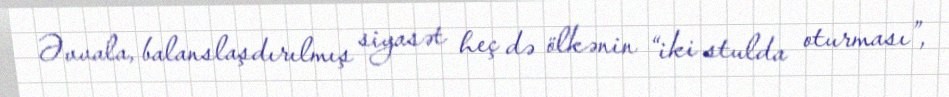
Əvvala, balanslaşdırılmış siyasət heç də ölkənin “iki stulda oturması”,